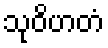
သုဝိဟတံ